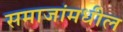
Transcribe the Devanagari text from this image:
समाजांमधील